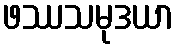
ဖဿသမုဒယာ